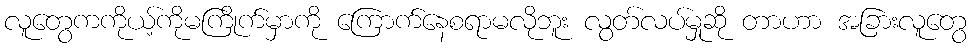
လူတွေကကိုယ့်ကိုမကြိုက်မှာကို ကြောက်နေစရာမလိုဘူး လွတ်လပ်မှုဆို တာဟာ အခြားလူတွေ